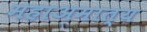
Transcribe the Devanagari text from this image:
महाअमात्य